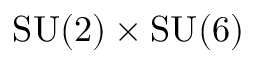
\mathrm { S U } ( 2 ) \ifmmode \times \else \texttimes \fi { } \mathrm { S U } ( 6 )